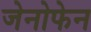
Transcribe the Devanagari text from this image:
जेनोफेन